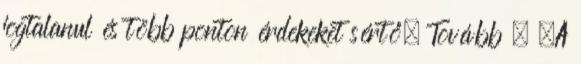
jogtalanul és több ponton érdekeket sértő. Tovább › ›A